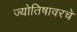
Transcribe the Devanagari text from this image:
ज्योतिषावरचे